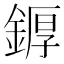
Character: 𨩿